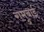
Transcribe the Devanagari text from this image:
रामुबाई